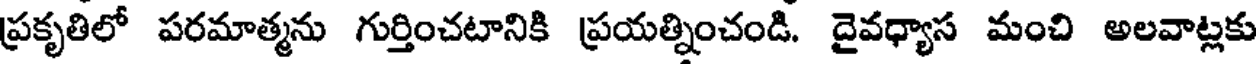
ప్రకృతిలో పరమాత్మను గుర్తించటానికి ప్రయత్నించండి. దైవధ్యాస మంచి అలవాట్లకు